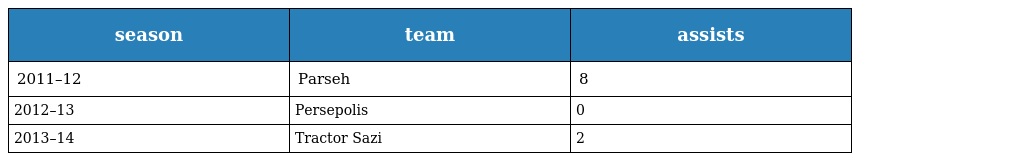
| season | team | assists |
 | --- | --- | --- |
 | 2011–12 | Parseh | 8 |
 | 2012–13 | Persepolis | 0 |
 | 2013–14 | Tractor Sazi | 2 |